Papers set at the Examination for Leaving Certificates, 1891
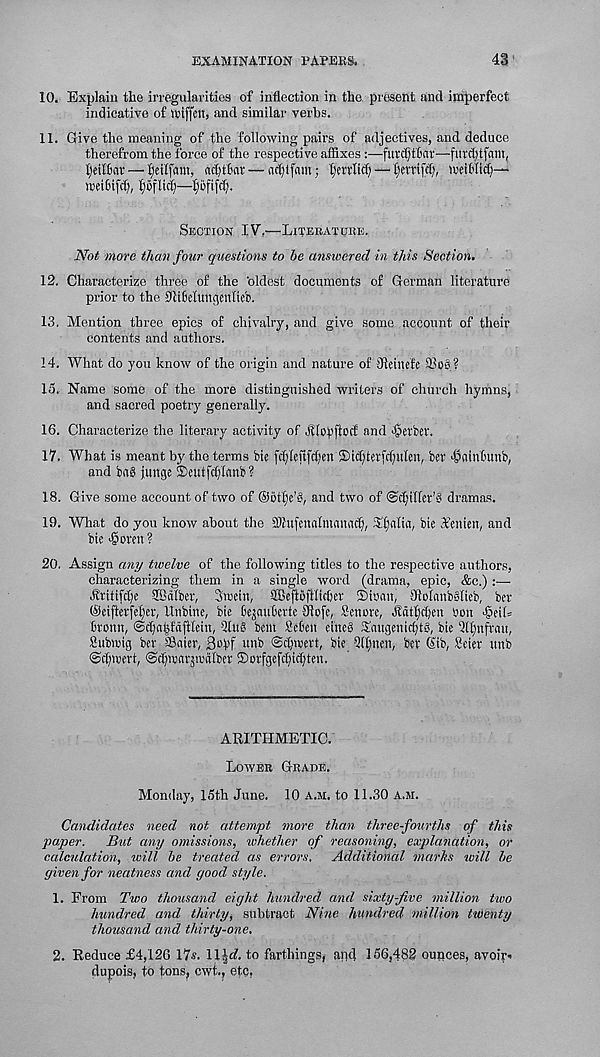
EXAMINATION PAPEKS.
43
10. Explain tlie irregularities of inflection in the present and imperfect
indicative of uuffen, and similar verbs.
11. Give the meaning of the following pairs of adjectives, and deduce
therefrom the force of the respective affixes :—futdjf&dt—furctjtfam,
fyeiftar — f)eilfarn, adjtBnr —
l)m'Iicf) — fjemtef), iweitlid)—*
meiBifd), ^oflid)—Ijijfifcf).
Section IV.—Literatobe.
Not more than four questions to be answered in this Section.
12. Characterize three of the oldest documents of German literature
prior to the IRiBelungenftep.
13. Mention three epics of chivalry, and give some account of their
contents and authors.
14. What do you know of the origin and nature of tlleinefe Slos?
15. Name some of the more distinguished writers of church hymns,
and sacred poetry generally.
16. Characterize the literary activity of jTIojiftotf and <§et'fcer.
17. What is meant by the terms bie fcf)Ieftfd)en ®td)terfd)ufen, ber ^flinOunb,
and bag junge iSeutfdjlanb?
18. Give some account of two of ©offle’g, and two of ©cfpllet’g dramas.
19. What do you know about the iHhifenalmaitacf), Sf^alia, bic Wnten, and
bie >goren ?
20. Assign any tioelve of the following titles to the respective authors,
characterizing them in a single word (drama, epic, &c.) :—
Jlritifctje SBdlber, Sroein, SBeftofftidjcv ®ioan, 9ftolanbSlieb, ber
©eifterfe^er, Unbine, bic BejauBcvte Slofe, Senrre, Jfdt^cBen bon J5eif=
Broun, ©dja^fdjllein, 5Iug bent ScBen etneg Saugenidjtg, bie 5(()nfrau,
Submig ber ©aier, Sol'f unb ©djreert, bie Qftjnen, ber (lib, 8eter unb
©dpuert, ©ftpoarjuialber Sorfgefctjidjten.
ARITHMETIC.
Lower Grade.
Monday, 15th June. 10 a.m. to 11.30 a.m.
Candidates need not attempt more than three-fourths of this
paper. But any omissions, whether of reasoning, explanation, or
calculation, will be treated as errors. Additional marks will be
given for neatness and good style.
1. From Two thousand eight hundred and sixty-five million tivo
hundred and thirty, subtract Nine hundred million twenty
thousand and thirty-one.
2. Reduce £4,126 17s. 111^. to farthings, and 156,482 ounces, avoir*
dupois, to tons, cwt., etc.